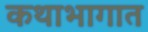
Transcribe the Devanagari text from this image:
कथाभागात